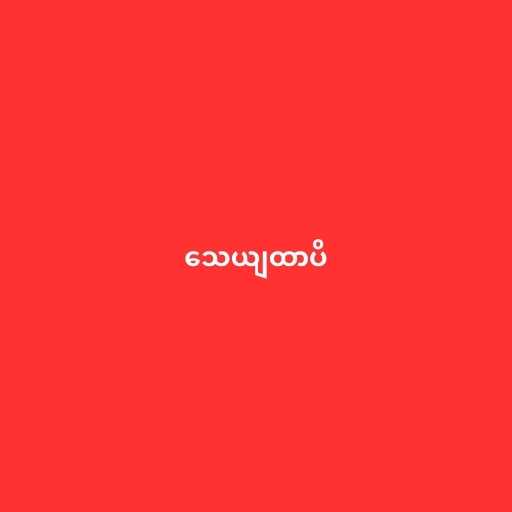
သေယျထာပိ